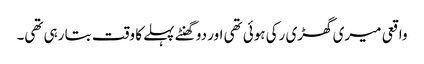
واقعی میری گھڑی رکی ہوئی تھی اور دو گھنٹے پہلے کا وقت بتا رہی تھی۔